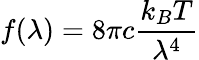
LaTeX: f(\lambda)=8\pi c{\frac{k_{B}T}{\lambda^{4}}}